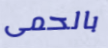
بالحمى